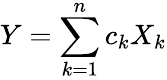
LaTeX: Y=\sum_{k=1}^{n}c_{k}X_{k}